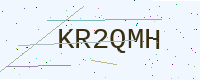
Text: KR2QMH